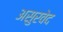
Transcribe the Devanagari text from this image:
असुरवेद